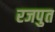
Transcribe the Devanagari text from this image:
रजपुत